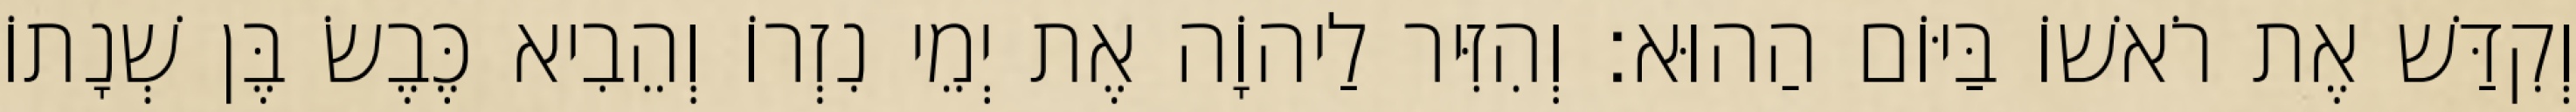
וְקִדַּשׁ אֶת רֹאשׁוֹ בַּיּוֹם הַהוּא׃ וְהִזִּיר לַיהוָֹה אֶת יְמֵי נִזְרוֹ וְהֵבִיא כֶּבֶשׂ בֶּן שְׁנָתוֹ